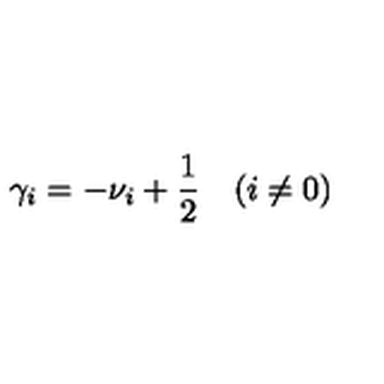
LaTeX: \gamma _ { i } = - \nu _ { i } + \frac 1 2 \quad ( i \not = 0 )